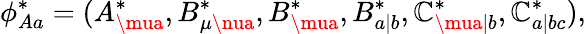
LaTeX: \phi_{Aa}^{\ast}=(A_{\mua}^{\ast},B_{\mu\nua}^{\ast},B_{\mua}^{\ast},B_{a|b}^{\ast},\mathbb{C}_{\mua|b}^{\ast},\mathbb{C}_{a|bc}^{\ast}),